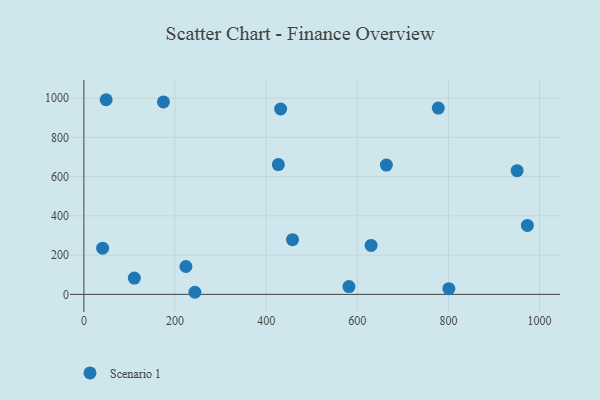
{"axis": {"x": "Price", "y": "Demand"}, "legend": ["Scenario 1"], "data": [{"x": "431.7", "y": 944.3, "type": "Scenario 1"}, {"x": "223.9", "y": 142.0, "type": "Scenario 1"}, {"x": "973.2", "y": 351.1, "type": "Scenario 1"}, {"x": "426.7", "y": 661.0, "type": "Scenario 1"}, {"x": "950.7", "y": 629.9, "type": "Scenario 1"}, {"x": "630.3", "y": 249.2, "type": "Scenario 1"}, {"x": "41.1", "y": 235.4, "type": "Scenario 1"}, {"x": "48.8", "y": 991.5, "type": "Scenario 1"}, {"x": "800.9", "y": 28.9, "type": "Scenario 1"}, {"x": "110.6", "y": 83.0, "type": "Scenario 1"}, {"x": "174.6", "y": 980.4, "type": "Scenario 1"}, {"x": "243.6", "y": 10.6, "type": "Scenario 1"}, {"x": "777.7", "y": 949.0, "type": "Scenario 1"}, {"x": "663.8", "y": 658.7, "type": "Scenario 1"}, {"x": "581.6", "y": 39.8, "type": "Scenario 1"}, {"x": "457.8", "y": 278.6, "type": "Scenario 1"}]}